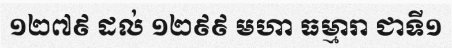
១២៧៩ ដល់ ១២៩៩ មហា ធម្មារា ជាទី១